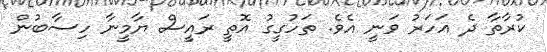
ކުރާތާ ދެ އަހަރު ވަނީ އެވެ. ތަހުގީގު އޮތީ ރައީސް ޔާމީނާ ހިސާބުން